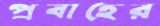
প্রবাহের